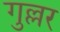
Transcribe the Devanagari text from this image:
गुल्लर